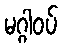
မဂ္ဂါဝပ်